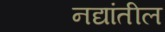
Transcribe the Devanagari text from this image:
नद्यांतील